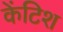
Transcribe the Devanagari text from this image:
केंटिश